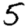
Digit: 5